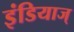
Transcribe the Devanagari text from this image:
इंडियाज्